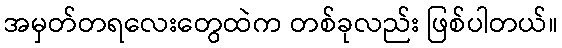
အမှတ်တရလေးတွေထဲက တစ်ခုလည်း ဖြစ်ပါတယ်။